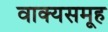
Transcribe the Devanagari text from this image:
वाक्यसमूह